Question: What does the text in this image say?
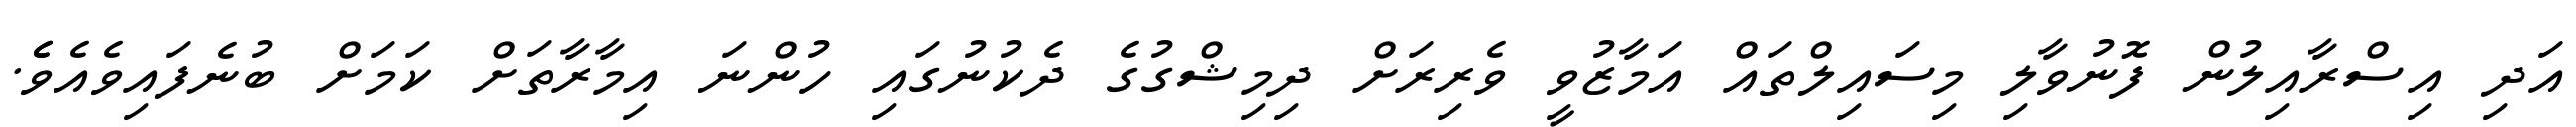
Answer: އަދި އިސްރާއިލުން ފޮނުވާލި މިސައިލްތައް އަމާޒުވީ ވެރިރަށް ދިމިޝްގުގެ ދެކުނުގައި ހުންނަ އިމާރާތަށް ކަމަށް ބުނެފައިވެއެވެެ.